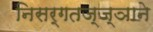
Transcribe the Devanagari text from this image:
निसर्गतज्‍ज्ञाने